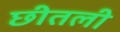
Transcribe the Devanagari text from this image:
छीतली